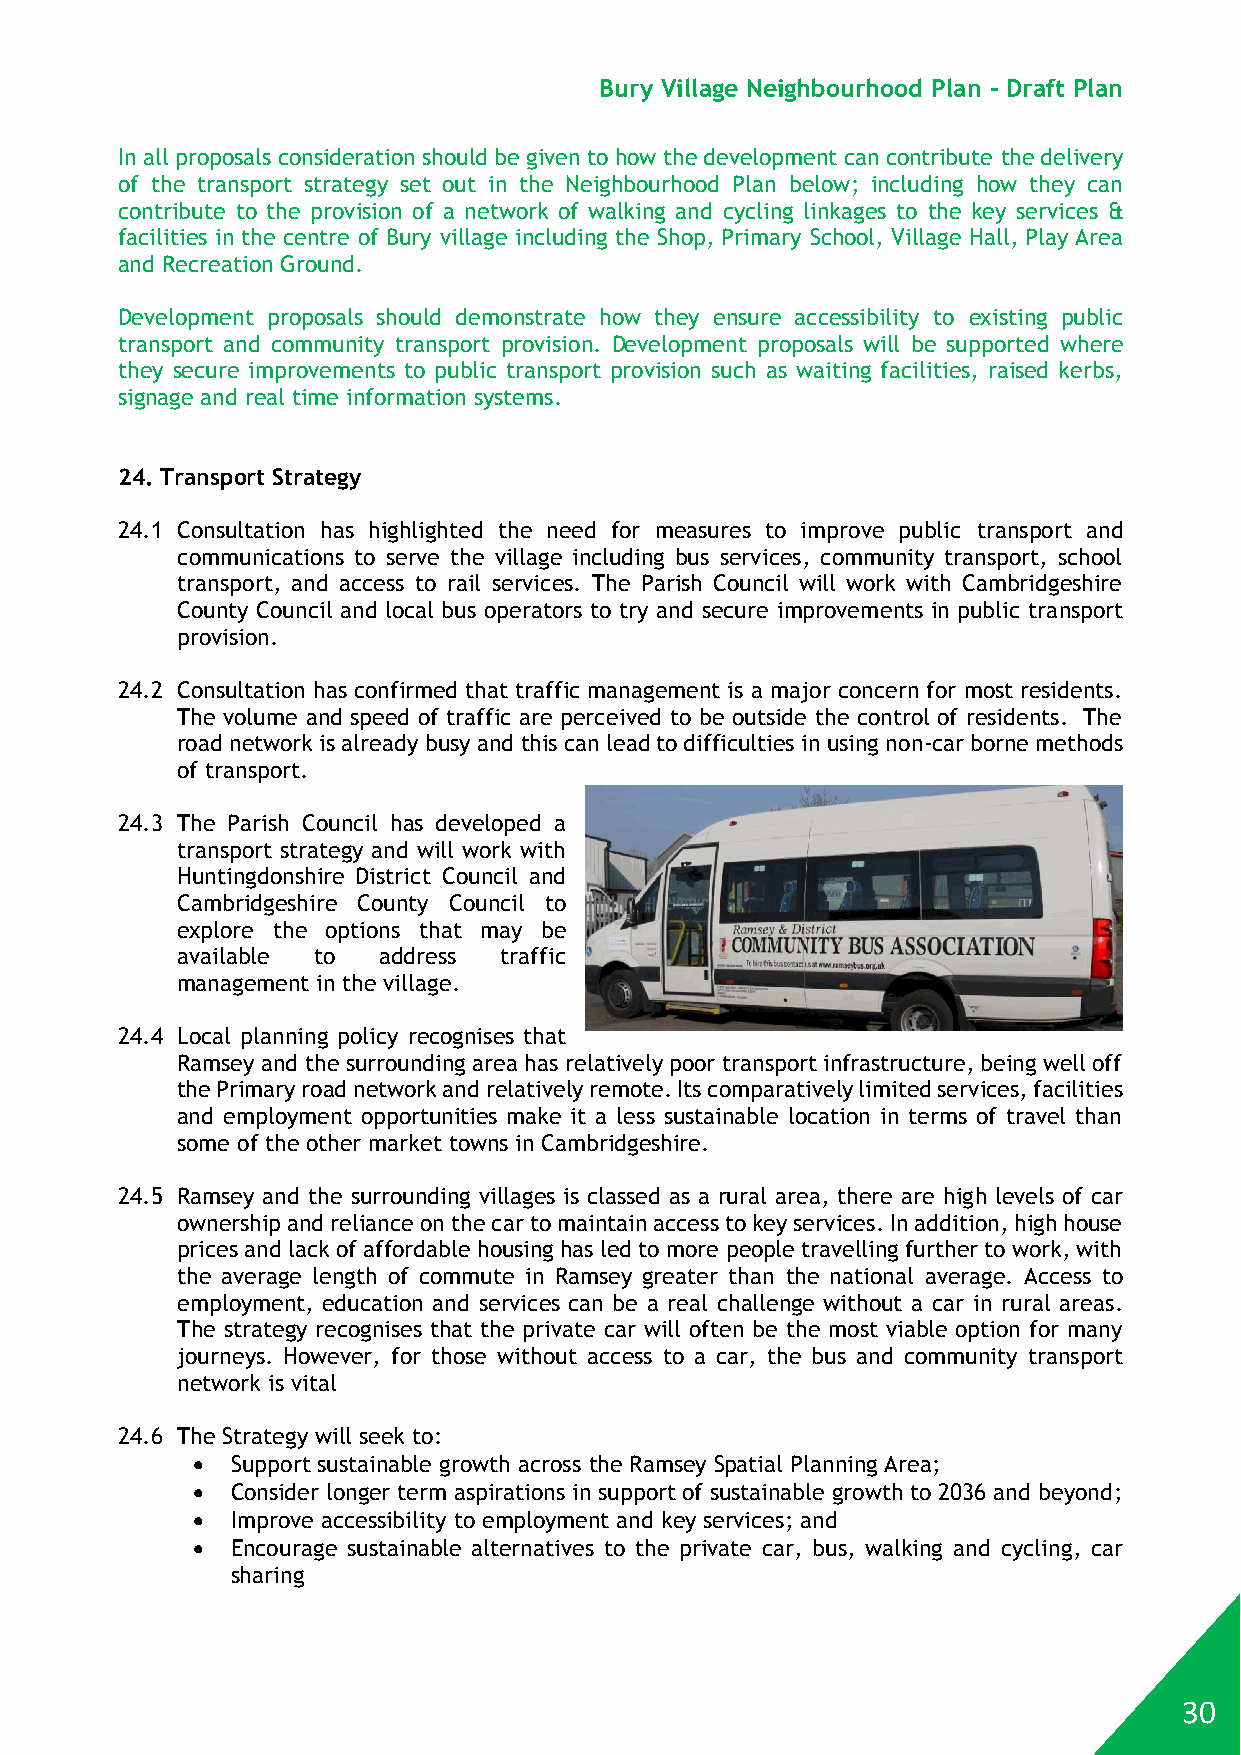
Bury Village Neighbourhood Plan - Draft Plan
 In all proposals consideration should be given to how the development can contribute the delivery
 of the transport strategy set out in the Neighbourhood Plan below; including how they can
 contribute to the provision of a network of walking and cycling linkages to the key services &
 facilities in the centre of Bury village including the Shop, Primary School, Village Hall, Play Area
 and Recreation Ground.
 Development proposals should demonstrate how they ensure accessibility to existing public
 transport and community transport provision. Development proposals will be supported where
 they secure improvements to public transport provision such as waiting facilities, raised kerbs,
 signage and real time information systems.
 24. Transport Strategy
 24.1 Consultation has highlighted the need for measures to improve public transport and
 communications to serve the village including bus services, community transport, school
 transport, and access to rail services. The Parish Council will work with Cambridgeshire
 County Council and local bus operators to try and secure improvements in public transport
 provision.
 24.2 Consultation has confirmed that traffic management is a major concern for most residents.
 The volume and speed of traffic are perceived to be outside the control of residents. The
 road network is already busy and this can lead to difficulties in using non-car borne methods
 of transport.
 24.3 The Parish Council has developed a
 transport strategy and will work with
 Huntingdonshire District Council and
 Cambridgeshire County Council to
 explore the options that may be
 available to address traffic
 management in the village.
 24.4 Local planning policy recognises that
 Ramsey and the surrounding area has relatively poor transport infrastructure, being well off
 the Primary road network and relatively remote. Its comparatively limited services, facilities
 and employment opportunities make it a less sustainable location in terms of travel than
 some of the other market towns in Cambridgeshire.
 24.5 Ramsey and the surrounding villages is classed as a rural area, there are high levels of car
 ownership and reliance on the car to maintain access to key services. In addition, high house
 prices and lack of affordable housing has led to more people travelling further to work, with
 the average length of commute in Ramsey greater than the national average. Access to
 employment, education and services can be a real challenge without a car in rural areas.
 The strategy recognises that the private car will often be the most viable option for many
 journeys. However, for those without access to a car, the bus and community transport
 network is vital
 24.6 The Strategy will seek to:
  Support sustainable growth across the Ramsey Spatial Planning Area;
  Consider longer term aspirations in support of sustainable growth to 2036 and beyond;
  Improve accessibility to employment and key services; and
  Encourage sustainable alternatives to the private car, bus, walking and cycling, car
 sharing
 30